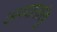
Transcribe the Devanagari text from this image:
अव्यापारेषु